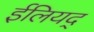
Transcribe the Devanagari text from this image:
ईलियद्